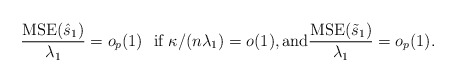
\begin{align*}\frac{\mbox{MSE}(\hat{s}_1)}{\lambda_1}=o_p(1)\ \ \mbox{if $\kappa/(n\lambda_1)=o(1)$}, \mbox{and} \frac{\mbox{MSE}(\tilde{s}_1)}{\lambda_1}=o_p(1).\end{align*}